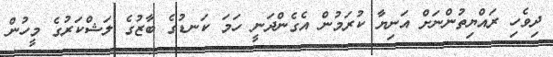
ދިވެހި ރައްޔިތުންނަށް އަނިޔާ ކުރަމުން އެގެންދަނީ ހަމަ ކަނޑުގެ ބާޒުގެ ލަޝްކަރުގެ މީހުން